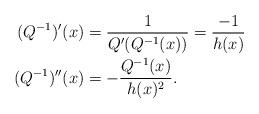
LaTeX: \begin{align*} (Q^{-1})'(x) &= \frac{1}{Q'(Q^{-1}(x))} = \frac{-1}{h(x)} \\ (Q^{-1})''(x) &= - \frac{Q^{-1}(x)}{h(x)^2}. \end{align*}